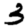
Digit: 3